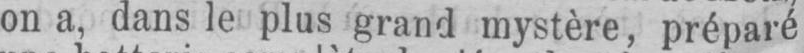
on a, dans le plus grand mystère, préparé